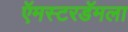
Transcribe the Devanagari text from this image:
ऍमस्टरडॅमला